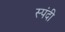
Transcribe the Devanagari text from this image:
स्पंदी